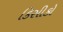
કિસીકો